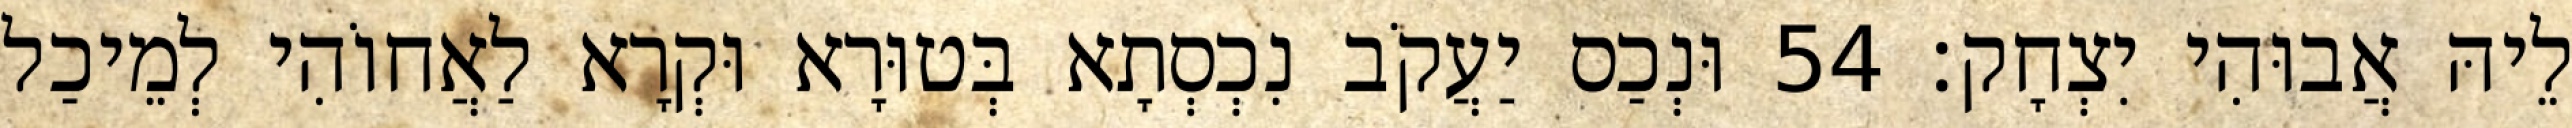
לֵיהּ אֲבוּהִי יִצְחָק׃ 54 וּנְכַס יַעֲקֹב נִכְסְתָא בְּטוּרָא וּקְרָא לַאֲחוֹהִי לְמֵיכַל